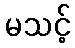
မသင့်